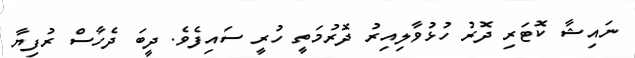
ނައިޝާ ކޮޓަރި ދޮރު ހުޅުވާލިއިރު ދޮރުމަތީ ހުރީ ސައިފެވެ. ދީބަ ދެހާސް ރުފިޔާ